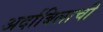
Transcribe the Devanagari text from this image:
अर्दाबिलाची